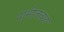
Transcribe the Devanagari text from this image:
नाभीजवळ